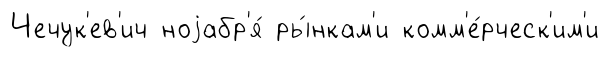
Чечук'ев'ич ноjабр'я́ ры́нкам'и комм'е́рческ'им'и